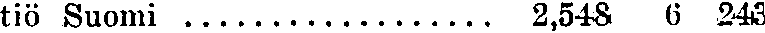
tiö Suomi .................. 2,548 6 243